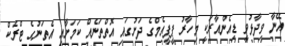
އޭނާ ވިދާޅުވީ ޑިއެންއާރަކީ މިހާރު ޕީޕީއެމްގެ ދަށުގައި އޮތްތަނެއް ކަމަށާއި އެތަނުގެ ޓްރެކް